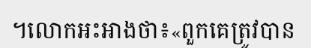
។លោកអះអាងថា៖«ពួកគេត្រូវបាន